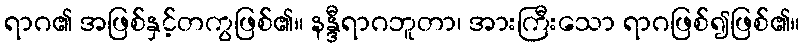
ရာဂ၏ အဖြစ်နှင့်တကွဖြစ်၏။ နန္ဒီရာဂဘူတာ၊ အားကြီးသော ရာဂဖြစ်၍ဖြစ်၏။